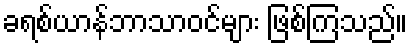
ခရစ်ယာန်ဘာသာဝင်များ ဖြစ်ကြသည်။